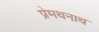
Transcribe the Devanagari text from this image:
प्रेमथनाथ